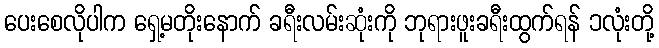
ပေးစေလိုပါက ရှေ့မတိုးနောက် ခရီးလမ်းဆုံးကို ဘုရားဖူးခရီးထွက်ရန် ၁လုံးတို့